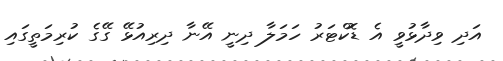
އަދި ވިދާޅުވީ އެ ޑޮކްޓަރު ހަމަލާ ދިނީ އޭނާ ދިރިއުޅޭ ގޭގެ ކުރިމަތީގައި